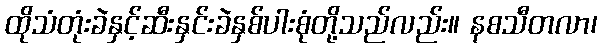
ထိုသံတုံးခဲနှင့်ဆီးနှင်းခဲနှစ်ပါးစုံတို့သည်လည်း။ နစသီတလာ၊